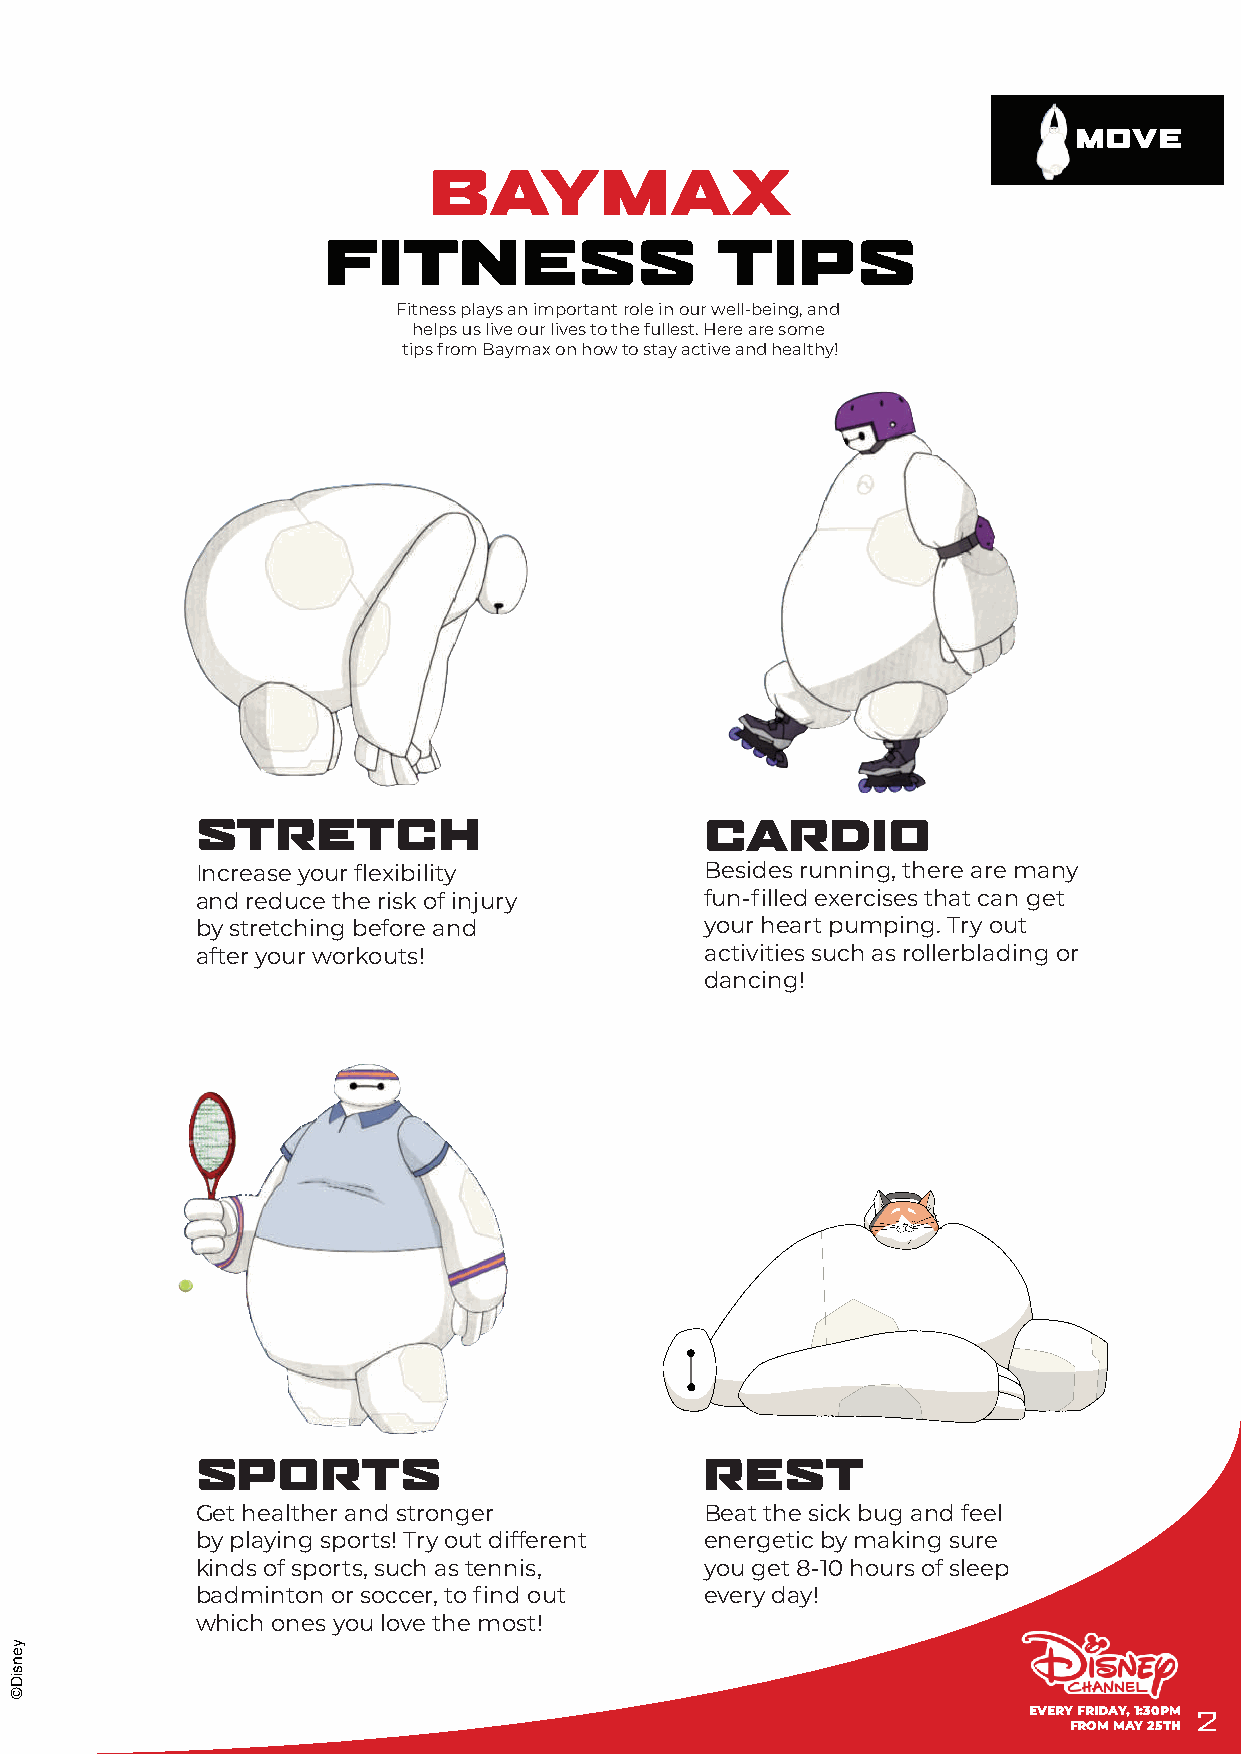
MOVE
 BAYMAX
 FITNESS                   TIPS
 Fitness plays an important role in our well-being, and
 helps us live our lives to the fullest. Here are some
 tips from Baymax on how to stay active and healthy!
 STRETCH                           CARDIO
 Increase your flexibility         Besides running, there are many
 and reduce the risk of injury     fun-filled exercises that can get
 by stretching before and          your heart pumping. Try out
 after your workouts!              activities such as rollerblading or
 dancing!
 SPORTS                            REST
 Get healther and stronger         Beat the sick bug and feel
 by playing sports! Try out different energetic by making sure
 kinds of sports, such as tennis,  you get 8-10 hours of sleep
 badminton or soccer, to find out  every day!
 which ones you love the most!
 EVERY FRIDAY, 1:30PM 2
 FROM MAY 25TH
 yensiD©